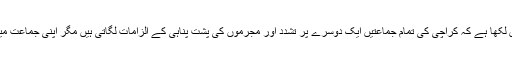
انسانی حقوق کمیشن نے اپنے مشاہدات میں لکھا ہے کہ کراچی کی تمام جماعتیں ایک دوسرے پر تشدد اور مجرموں کی پشت پناہی کے الزامات لگاتی ہیں مگر اپنی جماعت میں موجود مسلح قوتوں کو تسلیم نہیں کرتیں۔